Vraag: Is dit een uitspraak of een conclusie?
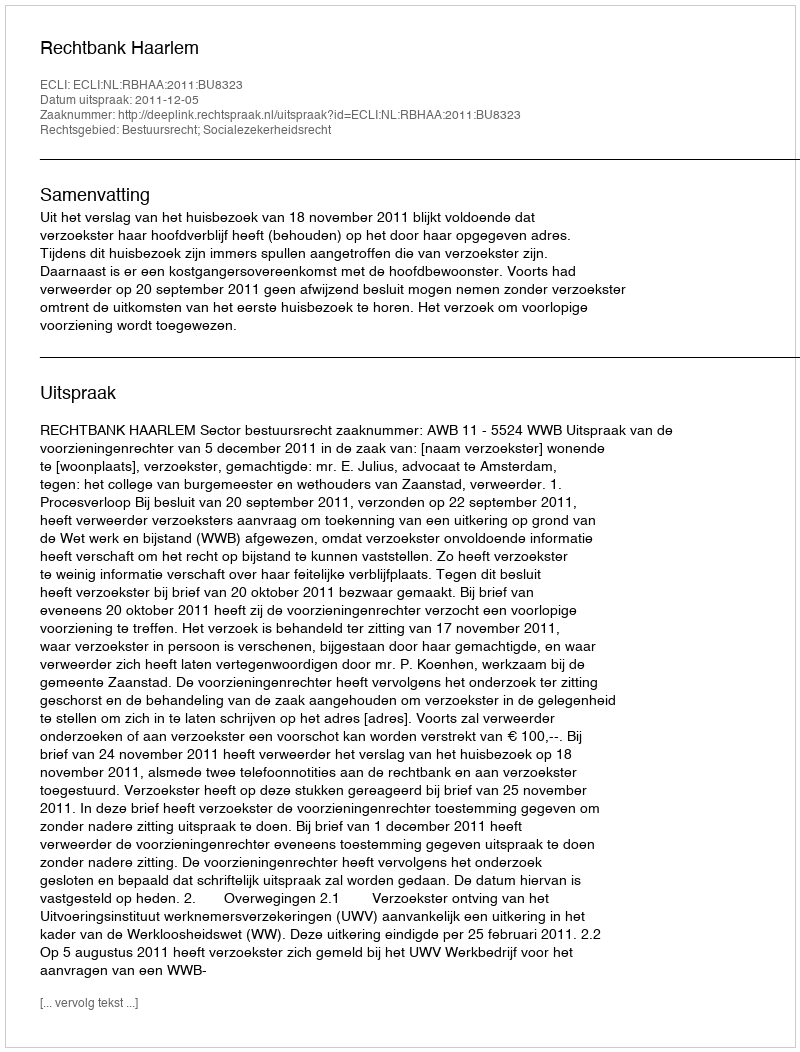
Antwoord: Uitspraak